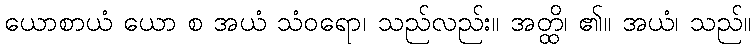
ယောစာယံ ယော စ အယံ သံဝရော၊ သည်လည်း။ အတ္ထိ၊ ၏။ အယံ၊ သည်။